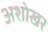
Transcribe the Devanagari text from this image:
अशोखर